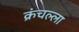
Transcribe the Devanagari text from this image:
क्रंचल्ला